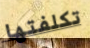
تكلفتها